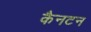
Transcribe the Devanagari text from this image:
कैनटन